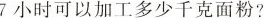
7小时可以加工多少千克面粉?